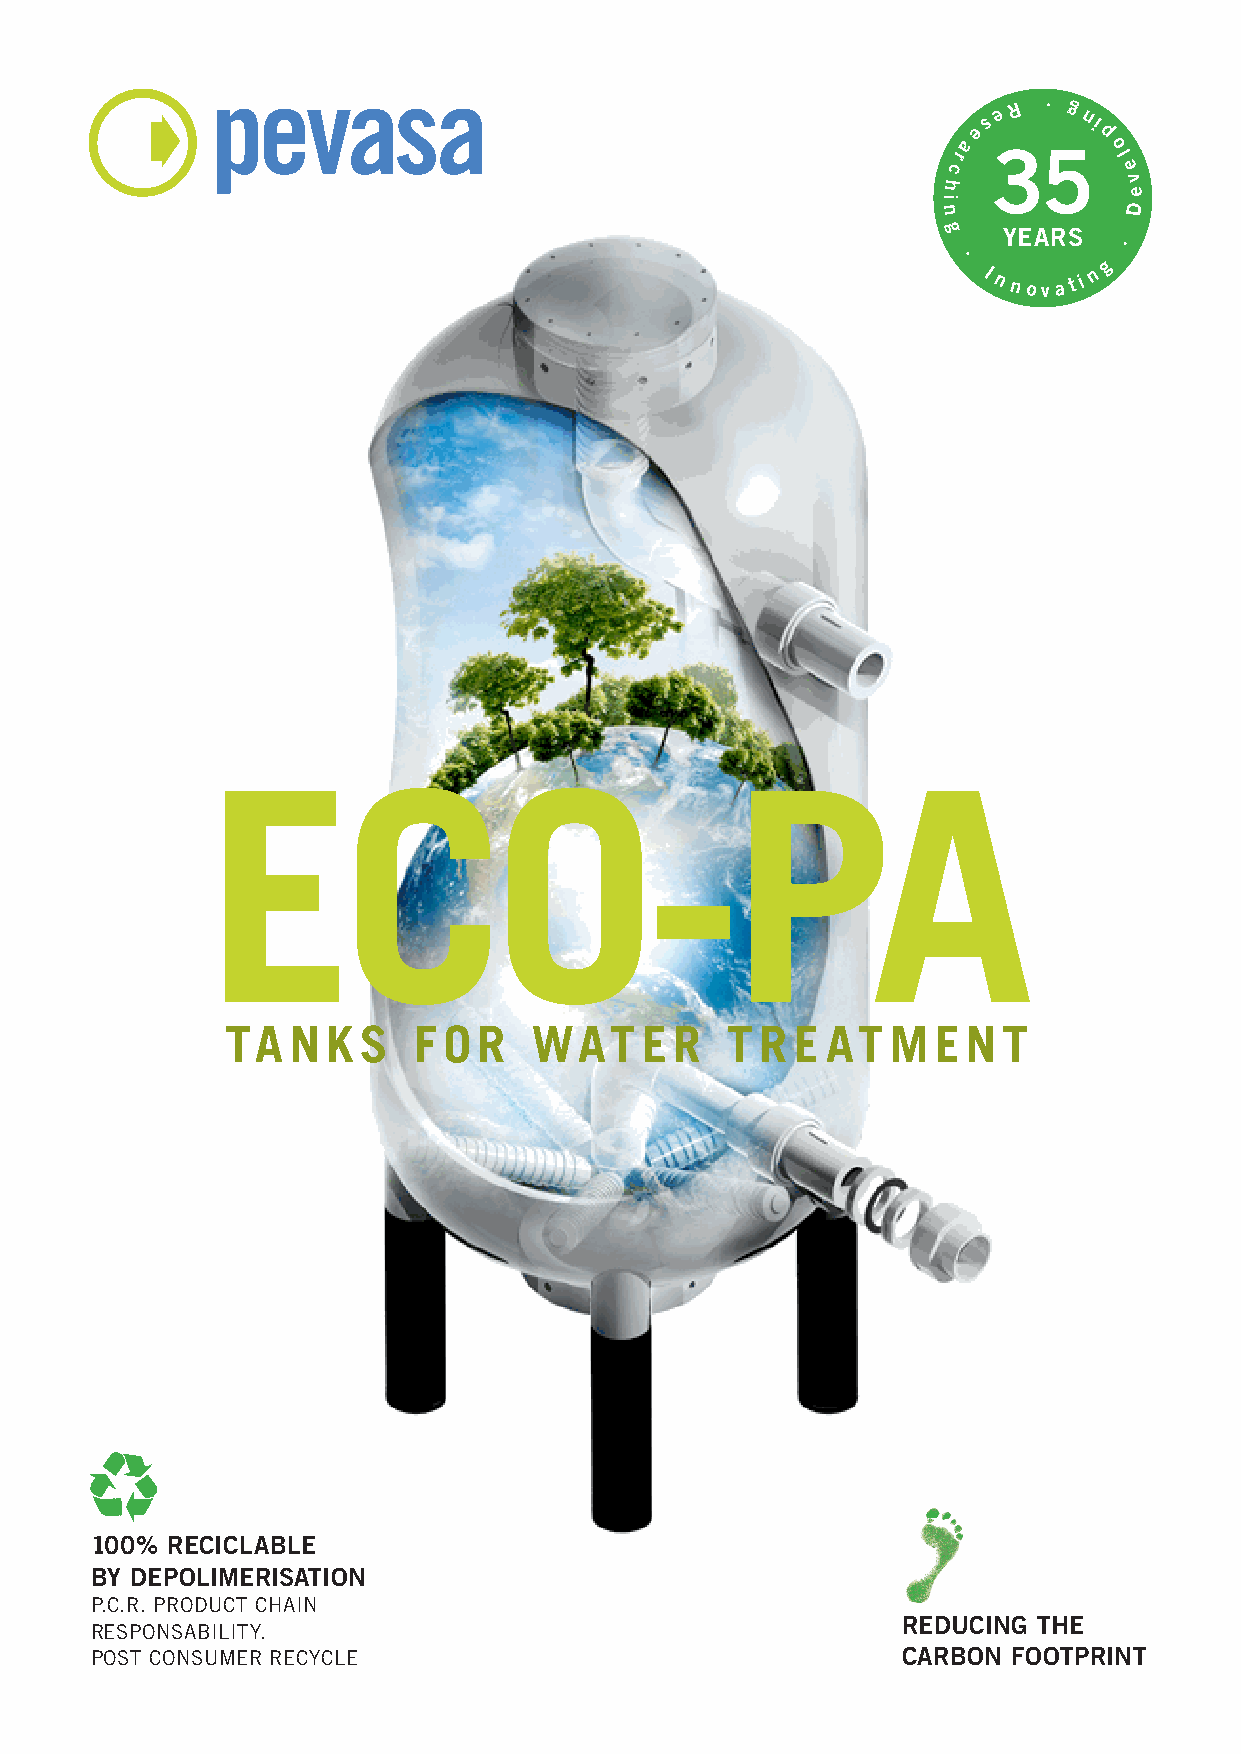
s e R · g ni
 e        p
 ra 35     o l
 c          e
 h           v
 e
 i
 n            D
 g   YEARS
 ·
 ·
 I nnov a t i n
 g
 ECO-PA
 TA  NKS     F OR    WAT    ER    T R E  ATMENT
 100% RECICLABLE
 BY DEPOLIMERISATION
 P.C.R. PRODUCT CHAIN
 REDUCING THE
 RESPONSABILITY.
 POST CONSUMER RECYCLE                                 CARBON FOOTPRINT